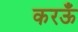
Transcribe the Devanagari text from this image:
करऊँ